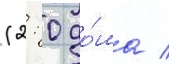
(2: 0 до́ма /